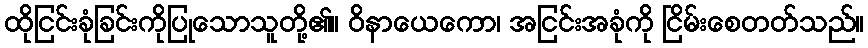
ထိုငြင်းခုံခြင်းကိုပြုသောသူတို့၏။ ဝိနာယေကော၊ အငြင်းအခုံကို ငြိမ်းစေတတ်သည်။